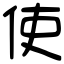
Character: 使